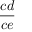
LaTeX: \frac { c d } { c e }